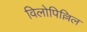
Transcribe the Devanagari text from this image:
विलोपिल्लिल